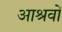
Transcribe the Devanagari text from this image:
आश्रवों